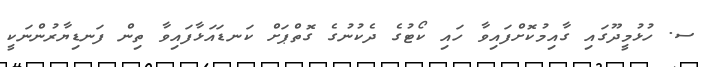
ސ. ހުޅުމީދޫގައި ގާއިމުކޮށްފައިވާ ހައި ކޯޓުގެ ދެކުނުގެ ގޮތްޕަށް ކަނޑައަޅާފައިވާ ތިން ފަނޑިޔާރުންނަކީ